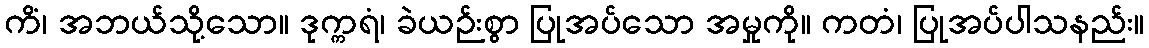
ကိံ၊ အဘယ်သို့သော။ ဒုက္ကရံ၊ ခဲယဉ်းစွာ ပြုအပ်သော အမှုကို။ ကတံ၊ ပြုအပ်ပါသနည်း။